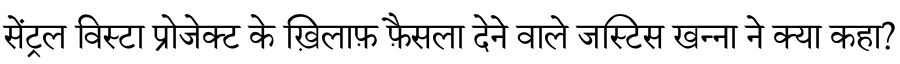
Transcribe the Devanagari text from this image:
सेंट्रल विस्टा प्रोजेक्ट के ख़िलाफ़ फ़ैसला देने वाले जस्टिस खन्ना ने क्या कहा?